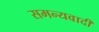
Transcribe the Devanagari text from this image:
समन्यवादी